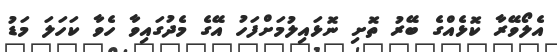
އެލޯވޭރާ ކޮޅެއްގެ ބޭރު ތޮށި ނޮޅައިލުމަށްފަހު އޭގެ މެދުގައިވާ ހެވާ ކަހަލަ މަޑު